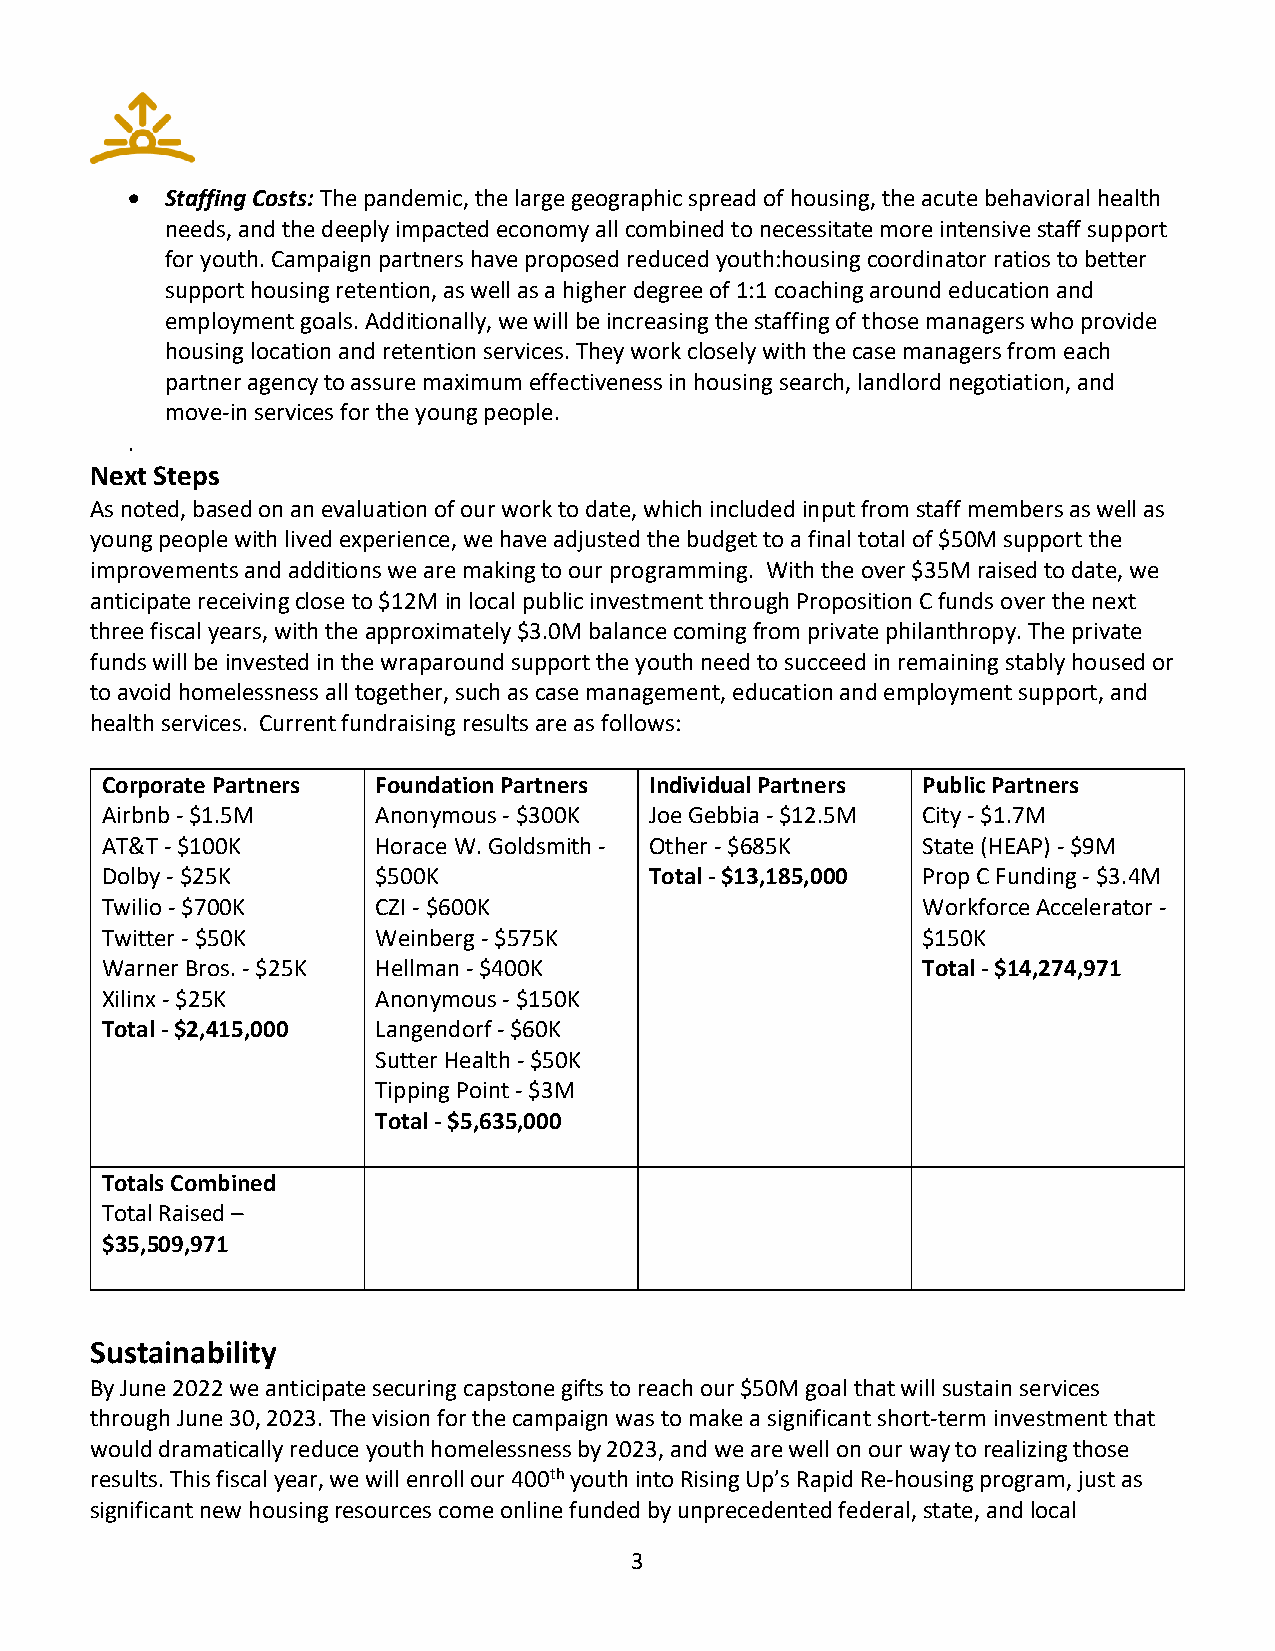
•  Staffing Costs: The pandemic, the large geographic spread of housing, the acute behavioral health
 needs, and the deeply impacted economy all combined to necessitate more intensive staff support
 for youth. Campaign partners have proposed reduced youth:housing coordinator ratios to better
 support housing retention, as well as a higher degree of 1:1 coaching around education and
 employment goals. Additionally, we will be increasing the staffing of those managers who provide
 housing location and retention services. They work closely with the case managers from each
 partner agency to assure maximum effectiveness in housing search, landlord negotiation, and
 move-in services for the young people.
 .
 Next Steps
 As noted, based on an evaluation of our work to date, which included input from staff members as well as
 young people with lived experience, we have adjusted the budget to a final total of $50M support the
 improvements and additions we are making to our programming. With the over $35M raised to date, we
 anticipate receiving close to $12M in local public investment through Proposition C funds over the next
 three fiscal years, with the approximately $3.0M balance coming from private philanthropy. The private
 funds will be invested in the wraparound support the youth need to succeed in remaining stably housed or
 to avoid homelessness all together, such as case management, education and employment support, and
 health services. Current fundraising results are as follows:
 Corporate Partners Foundation Partners Individual Partners Public Partners
 Airbnb - $1.5M    Anonymous - $300K Joe Gebbia - $12.5M City - $1.7M
 AT&T - $100K      Horace W. Goldsmith - Other - $685K State (HEAP) - $9M
 Dolby - $25K      $500K             Total - $13,185,000 Prop C Funding - $3.4M
 Twilio - $700K    CZI - $600K                         Workforce Accelerator -
 Twitter - $50K    Weinberg - $575K                    $150K
 Warner Bros. - $25K Hellman - $400K                   Total - $14,274,971
 Xilinx - $25K     Anonymous - $150K
 Total - $2,415,000 Langendorf - $60K
 Sutter Health - $50K
 Tipping Point - $3M
 Total - $5,635,000
 Totals Combined
 Total Raised –
 $35,509,971
 Sustainability
 By June 2022 we anticipate securing capstone gifts to reach our $50M goal that will sustain services
 through June 30, 2023. The vision for the campaign was to make a significant short-term investment that
 would dramatically reduce youth homelessness by 2023, and we are well on our way to realizing those
 results. This fiscal year, we will enroll our 400th youth into Rising Up’s Rapid Re-housing program, just as
 significant new housing resources come online funded by unprecedented federal, state, and local
 3